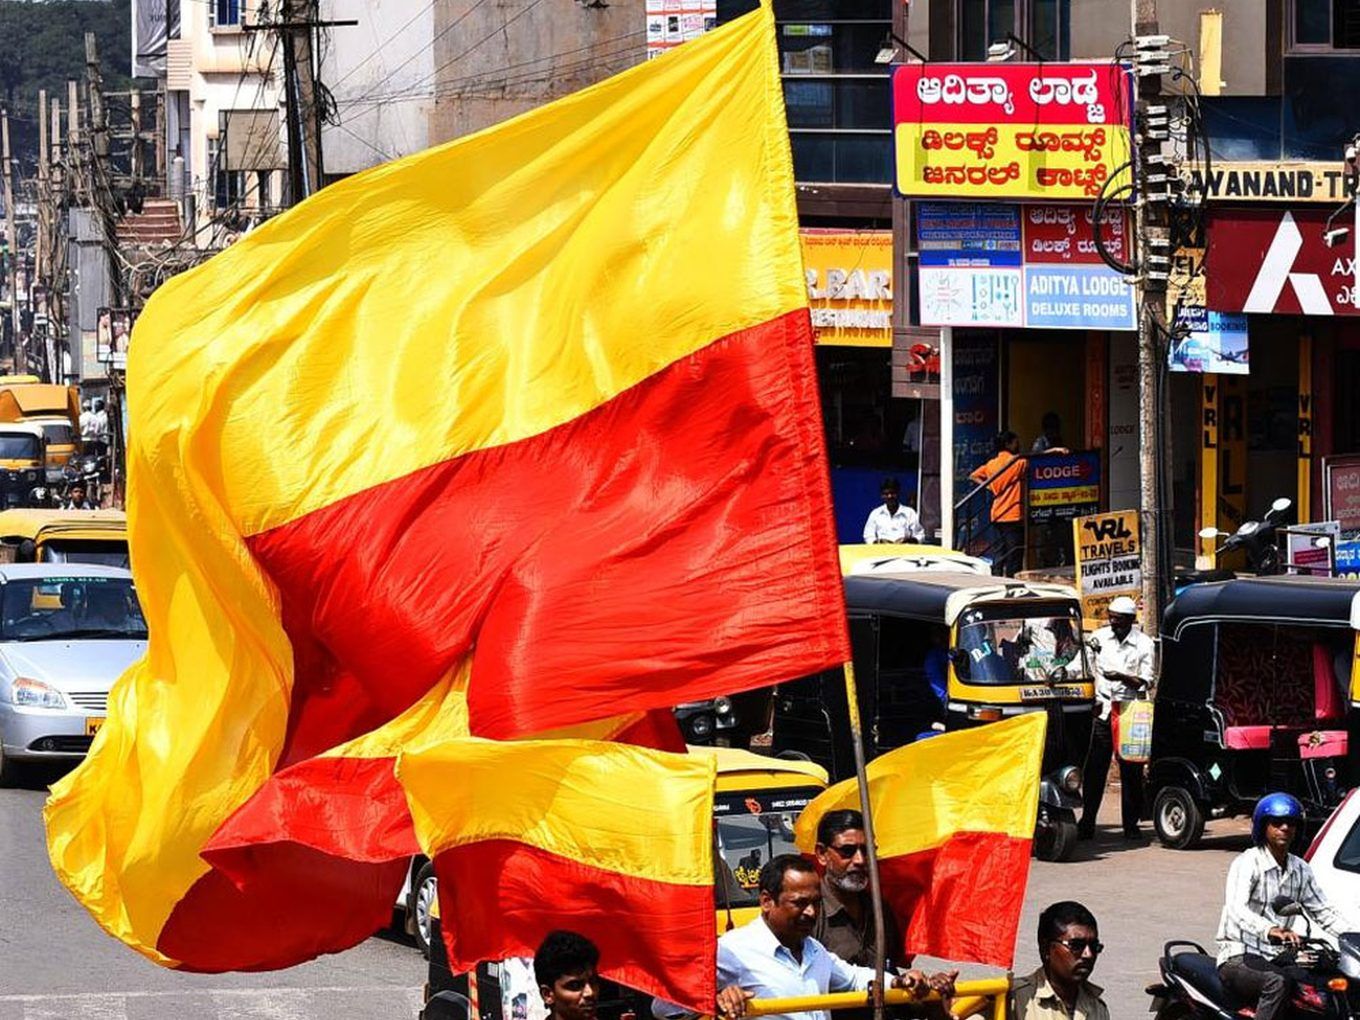
Language: kannada
Transcription: ಆದಿತ್ಯಾ